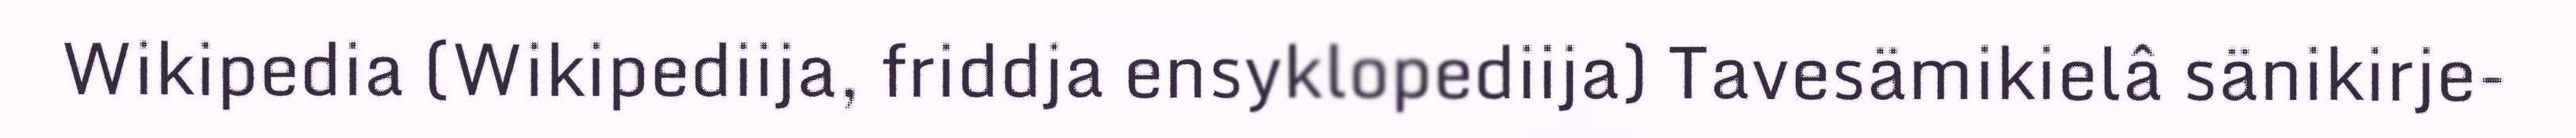
Wikipedia (Wikipediija, friddja ensyklopediija) Tavesämikielâ sänikirje-